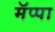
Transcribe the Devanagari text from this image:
मॅप्पा